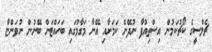
ޗެލްސީގެ ކޯޗުކަމުން އިސްތިއުފާ ނުދޭނެ ކަމަށާއި އޭނާ މަގާމުގައި ބަހައްޓަން ބޭނުން ނުވަންޏާ